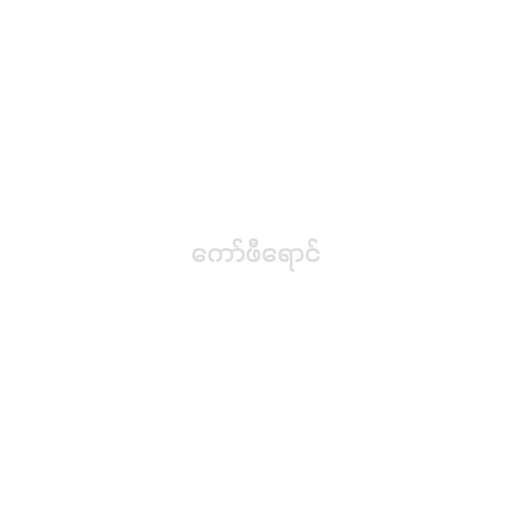
ကော်ဖီရောင်